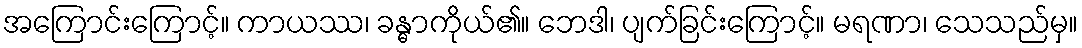
အကြောင်းကြောင့်။ ကာယဿ၊ ခန္ဓာကိုယ်၏။ ဘေဒါ၊ ပျက်ခြင်းကြောင့်။ မရဏာ၊ သေသည်မှ။